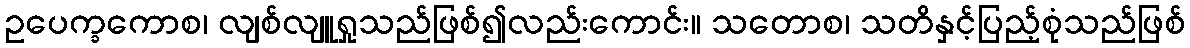
ဥပေက္ခကောစ၊ လျစ်လျူရှုသည်ဖြစ်၍လည်းကောင်း။ သတောစ၊ သတိနှင့်ပြည့်စုံသည်ဖြစ်